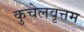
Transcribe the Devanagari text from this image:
कुचेलवृत्तम